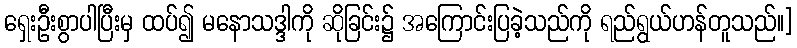
ရှေးဦးစွာပါပြီးမှ ထပ်၍ မနောသဒ္ဒါကို ဆိုခြင်း၌ အကြောင်းပြခဲ့သည်ကို ရည်ရွယ်ဟန်တူသည်။]